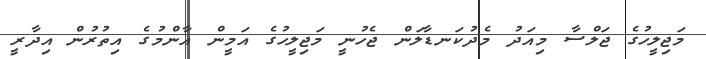
މަޖިލީހުގެ ޖަލްސާ މިއަދު މެދުކަނޑާލަން ޖެހުނީ މަޖިލީހުގެ އަމީން އާންމުގެ އިތުރުން އިދާރީ